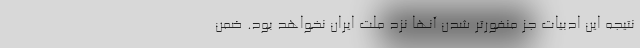
نتیجه این ادبیات جز منفورتر شدن آنها نزد ملت ایران نخواهد بود. ضمن